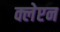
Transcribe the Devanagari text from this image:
क्लेप्टन